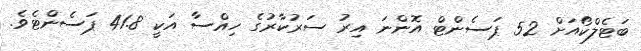
ބަޓެލްކޯއަށް 52 ޕަސެންޓް އޮންނަ އިިރު ސަރުކާރުގެ ހިއްސާ އަކީ 41.8 ޕަސެންޓެވެ.